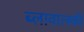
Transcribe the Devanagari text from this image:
ब्लावात्स्की